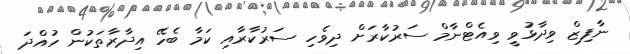
ނާފިޒް ވިދާޅުވީ ވިއެޓްނާމް ސަރުކާރަށް ދިވެހި ސަރުކާރާއި ކަމާ ބެހޭ އިދާރާތަކުން ހުއްދަ